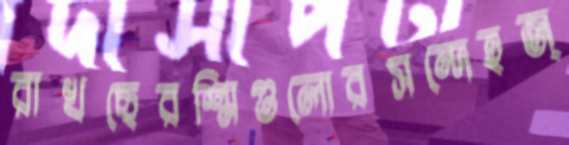
রাখছেরশ্মিগুলোরসন্দেহজ্